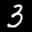
Label: 3